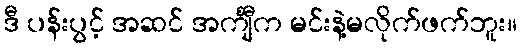
ဒီ ပန်းပွင့် အဆင် အင်္ကျီက မင်းနဲ့မလိုက်ဖက်ဘူး။